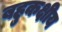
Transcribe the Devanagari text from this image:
बहुकक्षीय